Civil Veterinary Dept. Bombay admin report 1923-31 - 1923-1931
Year: 1923
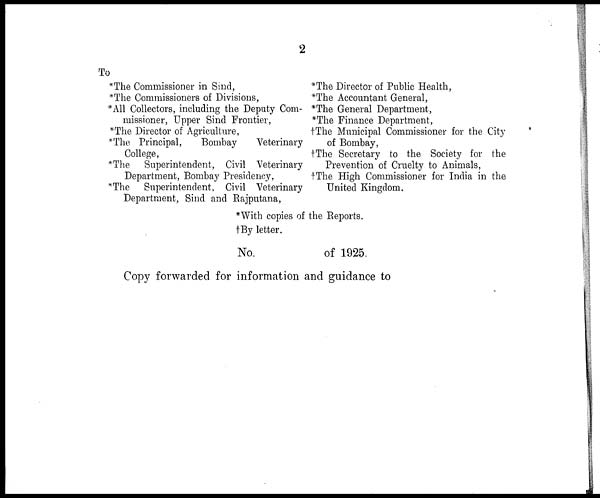
2
To
*The Commissioner in Sind,
*The Commissioners of Divisions,
* All Collectors, including the Deputy Com-
missioner, Upper Sind Frontier,
*The Director of Agriculture,
*The Principal,
Bombay
Veterinary
College,
*The Superintendent, Civil Veterinary
Department, Bombay Presidency,
*The Superintendent, Civil Veterinary
Department, Sind and Rajputana,
*With copies of
1 By letter.
No.
*The Director of Public Health,
*The Accountant General,
*The General Department,
*The Finance Department,
†The Municipal Commissioner for the City
of Bombay,
†The Secretary to the Society for the
Prevention of Cruelty to Animals,
†The High Commissioner for India in the
United Kingdom.
the Reports.
of 1925.
Copy forwarded for information and guidance to